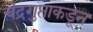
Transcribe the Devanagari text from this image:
चंद्रगुप्ताकडून